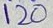
Text: 120